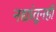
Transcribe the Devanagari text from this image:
नद्यांतूनही